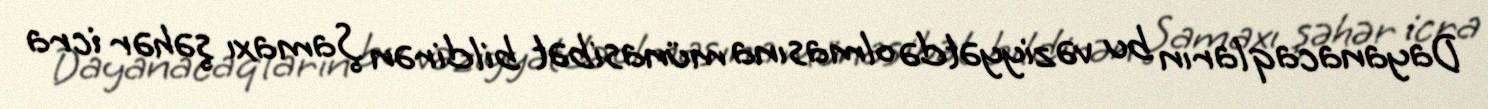
Dayanacaqların bu vəziyyətdə olmasına münasibət bildirən Şamaxı şəhər icra